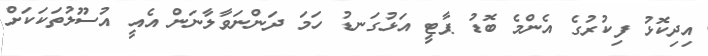
އިދިކޮޅު ފިކުރުގެ އެންމެ ބޮޑު ޕާޓީ އަޅުގަނޑު ހަމަ ދަންނަވާލާނަން އެއީ އުސޫލުތަކަކަށް